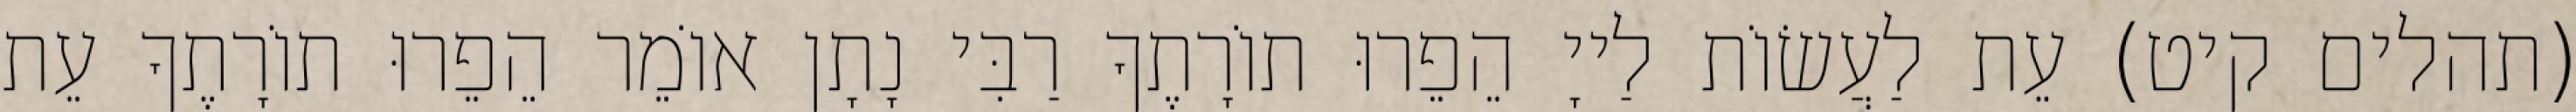
(תהלים קיט) עֵת לַעֲשׂוֹת לַייָ הֵפֵרוּ תוֹרָתֶךָ רַבִּי נָתָן אוֹמֵר הֵפֵרוּ תוֹרָתֶךָ עֵת